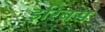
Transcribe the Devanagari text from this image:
इरिबस